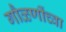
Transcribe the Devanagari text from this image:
गौळणींच्वा